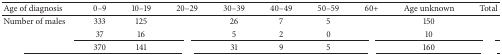
<table><thead><tr><td><b>Age of diagnosis</b></td><td><b>0–9</b></td><td><b>10–19</b></td><td><b>20–29</b></td><td><b>30–39</b></td><td><b>40–49</b></td><td><b>50–59</b></td><td><b>60+</b></td><td><b>Age unknown</b></td><td><b>Total</b></td></tr></thead><tbody><tr><td>Number of males</td><td>333</td><td>125</td><td>[EMPTY_CELL]</td><td>26</td><td>7</td><td>5</td><td>[EMPTY_CELL]</td><td>150</td><td>[EMPTY_CELL]</td></tr><tr><td>[EMPTY_CELL]</td><td>37</td><td>16</td><td>[EMPTY_CELL]</td><td>5</td><td>2</td><td>0</td><td>[EMPTY_CELL]</td><td>10</td><td>[EMPTY_CELL]</td></tr><tr><td>[EMPTY_CELL]</td><td>370</td><td>141</td><td>[EMPTY_CELL]</td><td>31</td><td>9</td><td>5</td><td>[EMPTY_CELL]</td><td>160</td><td>[EMPTY_CELL]</td></tr></tbody></table>